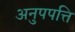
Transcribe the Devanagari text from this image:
अनुपपत्ति